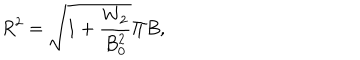
R ^ { 2 } = \sqrt { 1 + \frac { W _ { 2 } } { B _ { 0 } ^ { 2 } } } \Pi B ,